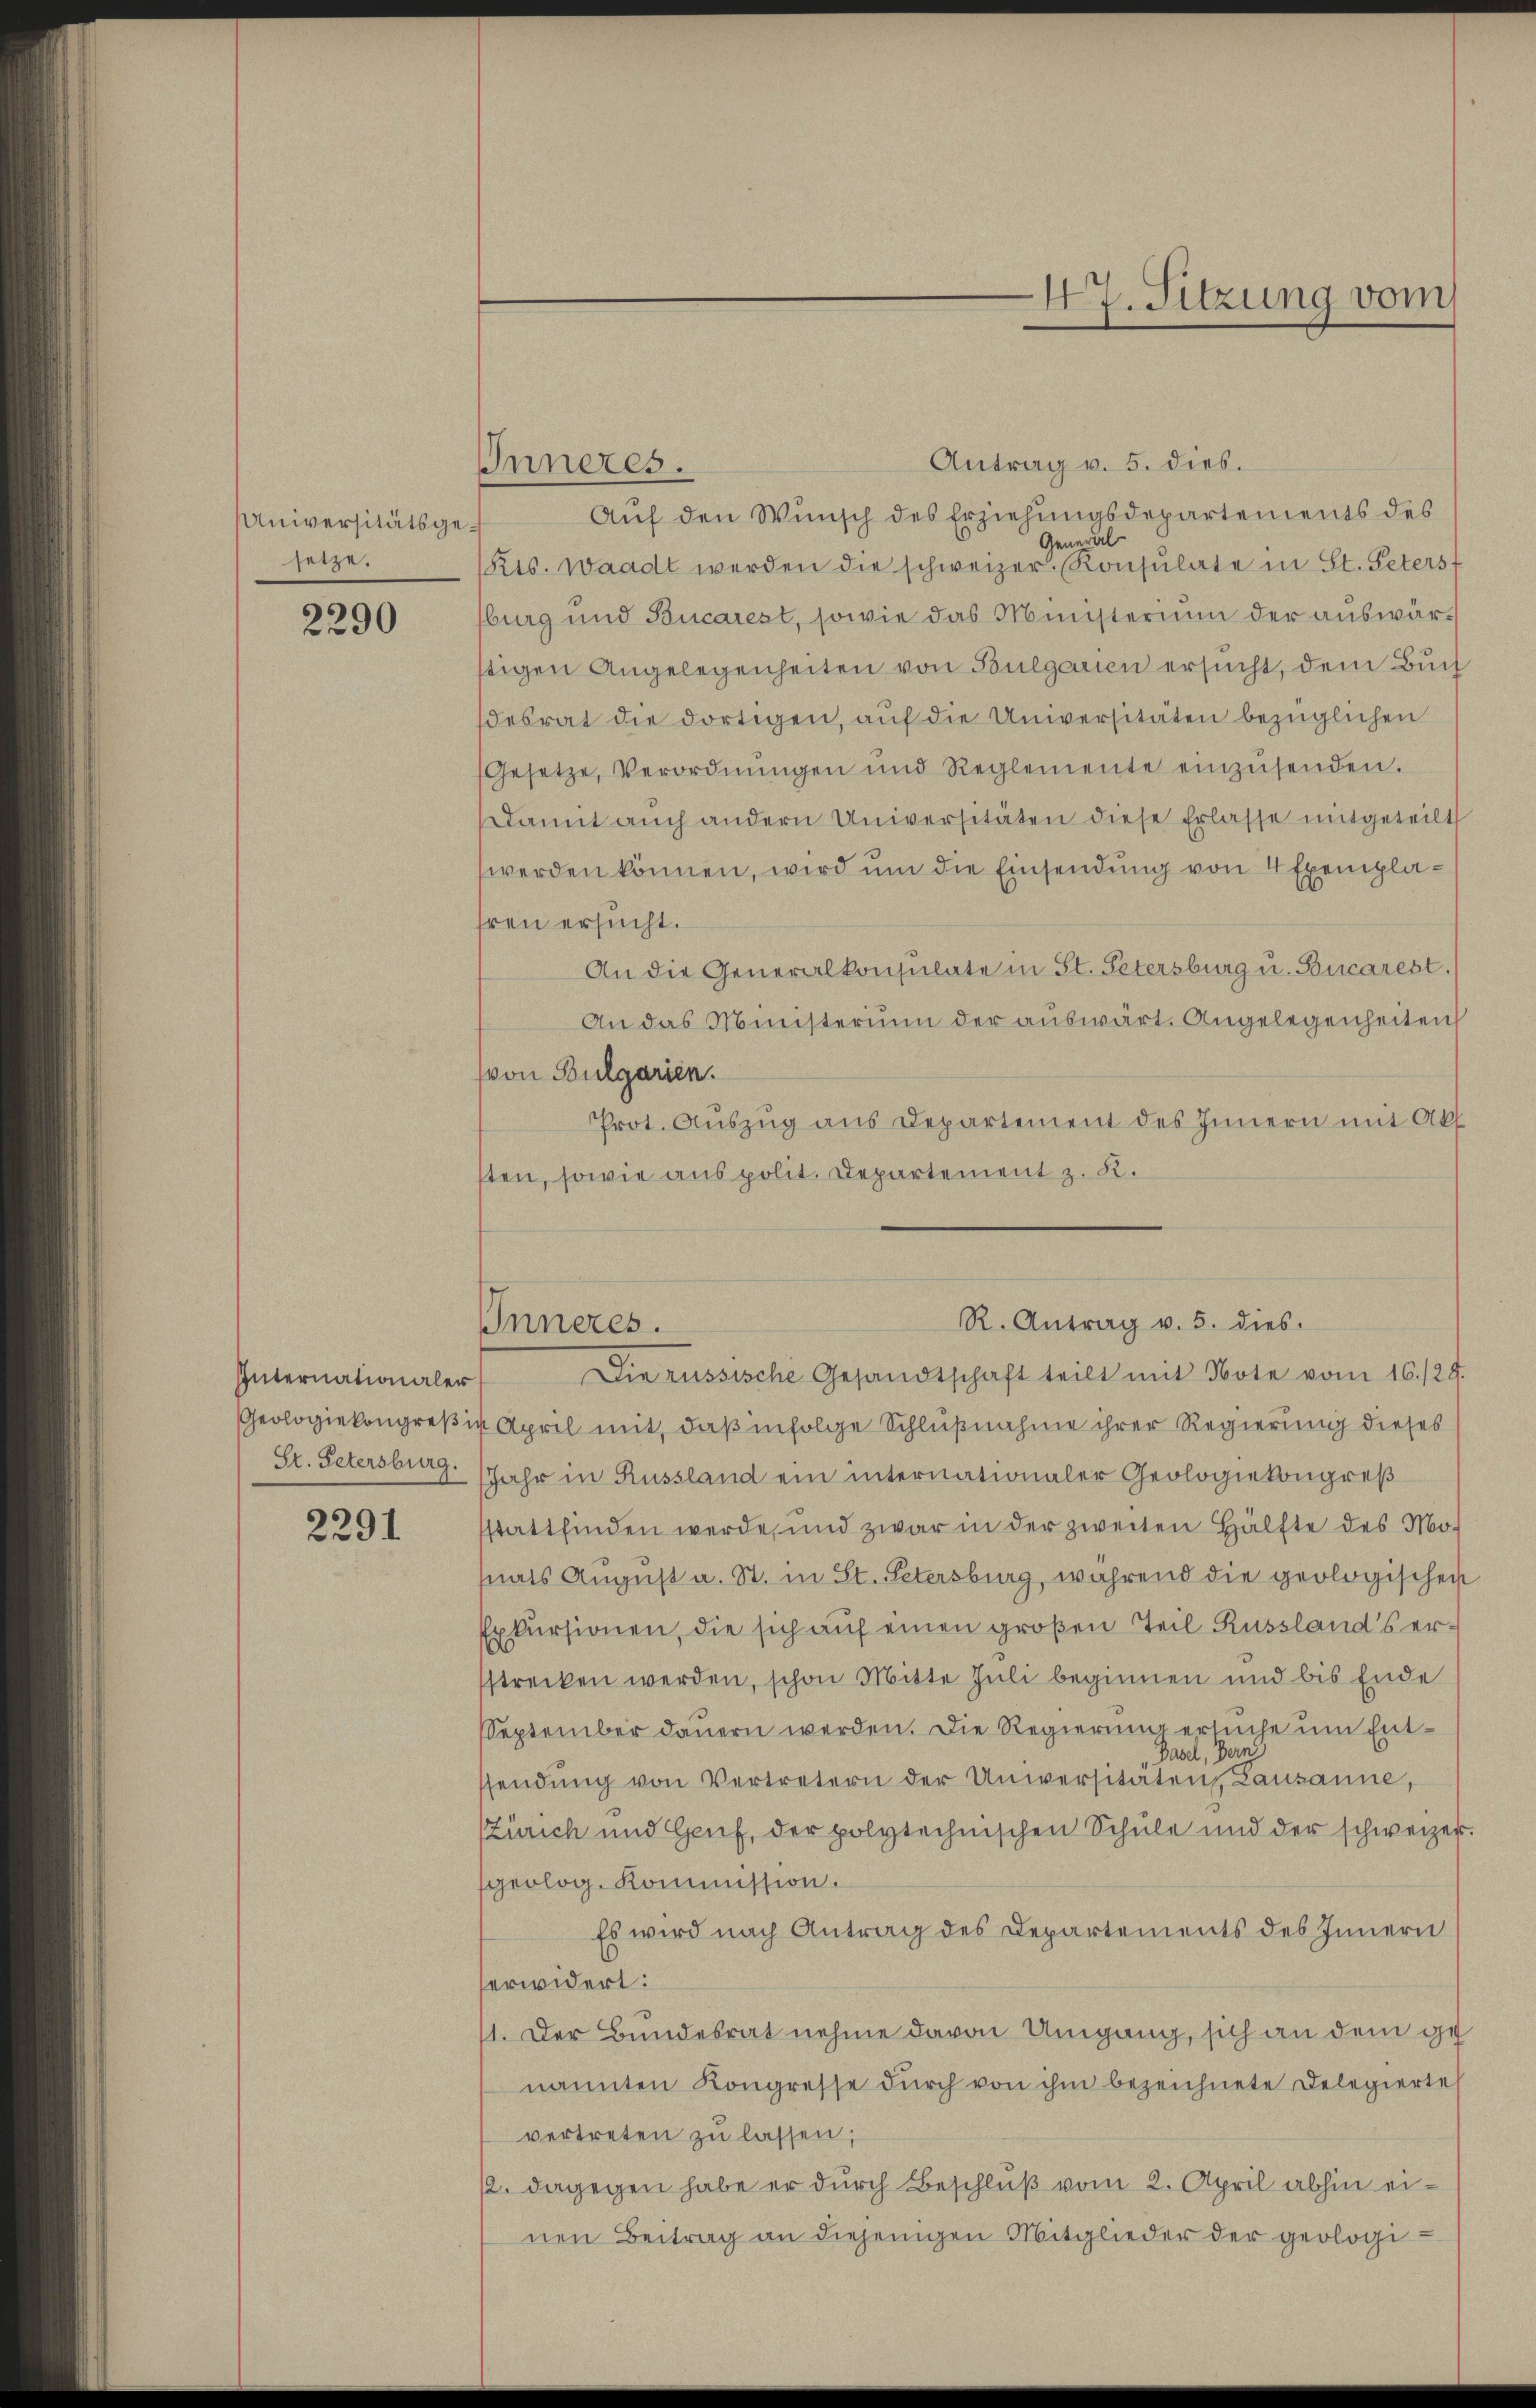
Universitätsgesetze.

2290

Internationaler
St. Petersburg.

2291

Inneres.

47. Sitzung vom

Antrag v. 5. dies.
Auf den Wunsch des Erziehungsdepartements des
General
Kts. Waadt werden die schweizer. Konsulate in St. Peters
sburg und Bucarest, sowie das Ministerium der auswärstigen Angelegenheiten von Bulgarien ersucht, dem Buch
desrat die dortigen, auf die Universitäten bezüglichen
Gesetze, Verordnŭngen und Reglemente einzŭsenden.
Damit auch andern Universitäten diese Erlasse mitgeteilt
werden können, wird um die Einsendung von 4 Exemplahren ersucht.
An die Generalkonsulate in St. Petersburg u. Bucarest.
An das Ministerium der auswärt. Angelegenheiten
(von Bulgarien.
Prot. Auszug aus Departement des Innern mit Akt
sten, sowie aus polit. Departement z. B.

Geologiekongreßiv April mit, daß infolge Schlußnahme ihrer Regierung dieses
Jahr in Russland ein internationaler Geologiekongreß
sstattfinden werde, und zwar in der zweiten Hälfte des Mosnats August a. St. in St. Petersburg, während die geologischen
Exkursionen, die sich auf einen großen Teil Russland's ersstrecken werden, schon Mitte Juli beginnen und bis Ende
September dauern werden. Die Regierung ersuche um Ent¬
Basel, Bern
ssendŭng von Vertretern der Universitäten, Lausanne,
(Zürich und Genf, der polytechnischen Schule und der schweizer.
sgeolog. Kommission.
Es wird nach Antrag des Departements des Innern
erwidert:
1. Der Bundesrat nehme davon Umgang, sich an dem genannten Kongresse dŭrch von ihm bezeichnete Delegierte
vertreten zu lassen;
12. dagegen habe er durch Beschluß vom 2. April abhin einen Beitrag an diejenigen Mitglieder der geologi

R. Antrag v. 5. dies
Inneres.
Die russische Gesandtschaft teilt mit Note vom 16./29.